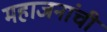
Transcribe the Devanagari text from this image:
महाजनांची